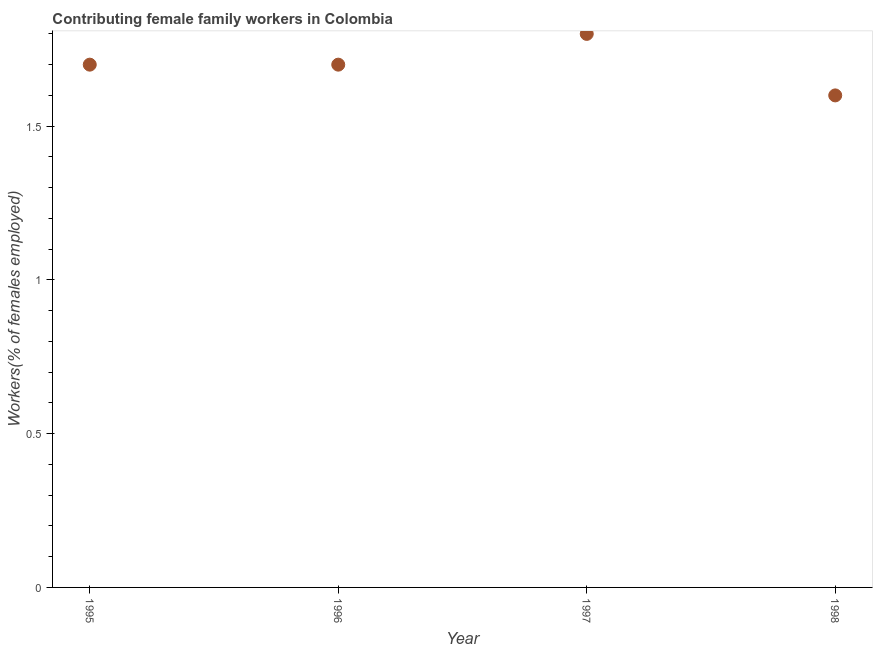
| Year | Contributing family workers |
 | --- | --- |
 | 1995 | 1.7 |
 | 1996 | 1.7 |
 | 1997 | 1.8 |
 | 1998 | 1.6 |